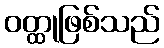
ဝတ္ထုဖြစ်သည်